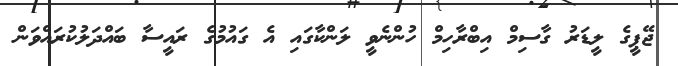
ޖޭޕީގެ ލީޑަރު ގާސިމް އިބްރާހިމް ހުންނެވީ ލަންކާގައި އެ ގައުމުގެ ރައީސާ ބައްދަލުކުރައްވަން